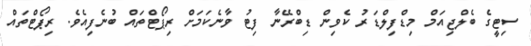
ސިޓީގެ ބެލްޖިއަމް މިޑްފިލްޑަރު ކެވިން ޑިބްރޭނާ ފިޓު ވާނެކަމަށް ރިޕޯޓްތައް ބުނެފިއެވެ. ރިޕޯޓްތައް